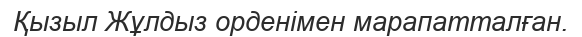
Қызыл Жұлдыз орденімен марапатталған.